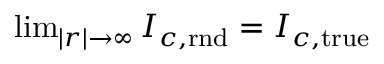
\begin{array} { r } { \operatorname* { l i m } _ { | r | \to \infty } I _ { c , \mathrm { r n d } } = I _ { c , \mathrm { t r u e } } } \end{array}